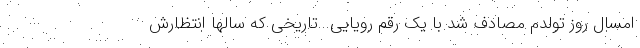
امسال روز تولدم مصادف شد با یک رقم رویایی...تاریخی که سالها انتظارش